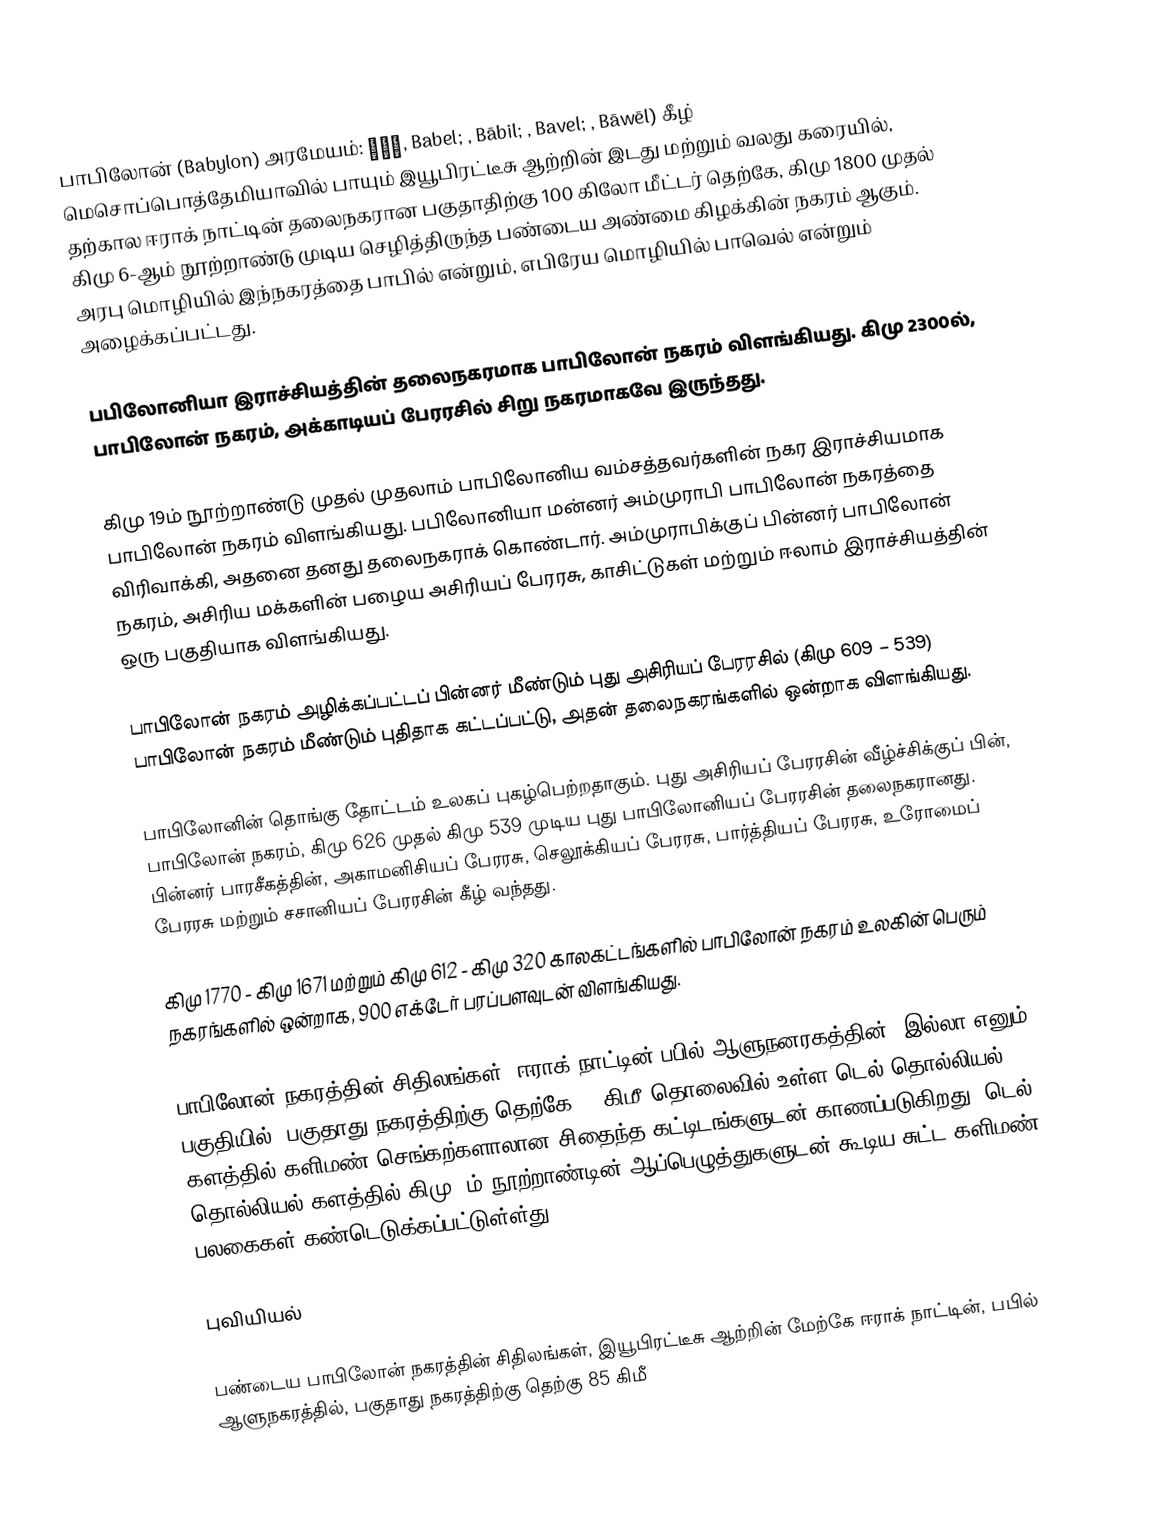
பாபிலோன் (Babylon)  அரமேயம்: בבל, Babel; , Bābil; , Bavel; , Bāwēl) கீழ் மெசொப்பொத்தேமியாவில் பாயும் இயூபிரட்டீசு ஆற்றின்  இடது மற்றும் வலது கரையில், தற்கால ஈராக் நாட்டின் தலைநகரான பகுதாதிற்கு 100 கிலோ மீட்டர் தெற்கே, கிமு 1800 முதல் கிமு 6-ஆம் நூற்றாண்டு முடிய செழித்திருந்த பண்டைய அண்மை கிழக்கின் நகரம் ஆகும். அரபு மொழியில் இந்நகரத்தை பாபில் என்றும், எபிரேய மொழியில் பாவெல் என்றும் அழைக்கப்பட்டது.

பபிலோனியா இராச்சியத்தின் தலைநகரமாக பாபிலோன் நகரம்  விளங்கியது. கிமு 2300ல்,  பாபிலோன் நகரம், அக்காடியப் பேரரசில் சிறு நகரமாகவே இருந்தது.

கிமு 19ம் நூற்றாண்டு முதல் முதலாம் பாபிலோனிய வம்சத்தவர்களின்  நகர இராச்சியமாக பாபிலோன் நகரம் விளங்கியது. பபிலோனியா மன்னர் அம்முராபி பாபிலோன் நகரத்தை விரிவாக்கி, அதனை தனது தலைநகராக் கொண்டார். அம்முராபிக்குப் பின்னர் பாபிலோன் நகரம், அசிரிய மக்களின் பழைய அசிரியப் பேரரசு, காசிட்டுகள் மற்றும் ஈலாம் இராச்சியத்தின் ஒரு பகுதியாக விளங்கியது.

பாபிலோன் நகரம் அழிக்கப்பட்டப் பின்னர் மீண்டும் புது அசிரியப் பேரரசில்  (கிமு 609 – 539) பாபிலோன் நகரம் மீண்டும் புதிதாக கட்டப்பட்டு, அதன் தலைநகரங்களில் ஒன்றாக விளங்கியது.

பாபிலோனின் தொங்கு தோட்டம் உலகப் புகழ்பெற்றதாகும். புது அசிரியப் பேரரசின் வீழ்ச்சிக்குப் பின், பாபிலோன் நகரம், கிமு 626 முதல் கிமு 539 முடிய புது பாபிலோனியப் பேரரசின் தலைநகரானது. பின்னர் பாரசீகத்தின், அகாமனிசியப் பேரரசு, செலூக்கியப் பேரரசு, பார்த்தியப் பேரரசு, உரோமைப் பேரரசு மற்றும் சசானியப் பேரரசின் கீழ் வந்தது.

கிமு 1770 - கிமு 1671 மற்றும் கிமு 612 -  கிமு 320 காலகட்டங்களில் பாபிலோன் நகரம் உலகின் பெரும் நகரங்களில் ஒன்றாக, 900 எக்டேர் பரப்பளவுடன் விளங்கியது.

பாபிலோன் நகரத்தின் சிதிலங்கள், ஈராக் நாட்டின் பபில் ஆளுநனரகத்தின், இல்லா எனும் பகுதியில், பகுதாது நகரத்திற்கு தெற்கே 85 கிமீ தொலைவில் உள்ள டெல் தொல்லியல் களத்தில் களிமண் செங்கற்களாலான சிதைந்த கட்டிடங்களுடன் காணப்படுகிறது. டெல் தொல்லியல் களத்தில் கிமு 6ம் நூற்றாண்டின் ஆப்பெழுத்துகளுடன் கூடிய சுட்ட களிமண் பலகைகள் கண்டெடுக்கப்பட்டுள்ள்து.

புவியியல்

பண்டைய பாபிலோன் நகரத்தின் சிதிலங்கள், இயூபிரட்டீசு ஆற்றின் மேற்கே ஈராக் நாட்டின், பபில் ஆளுநகரத்தில், பகுதாது நகரத்திற்கு தெற்கு 85 கிமீ